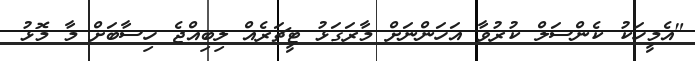
"އެމީހަކު ކެންސަލް ކުރުވާ އަހަންނަށް މާރަގަޅު ޓީޗަރެއް ލިބިއްޖެ ހިސާބަށް މާ މޮޅު